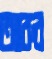
আরুর